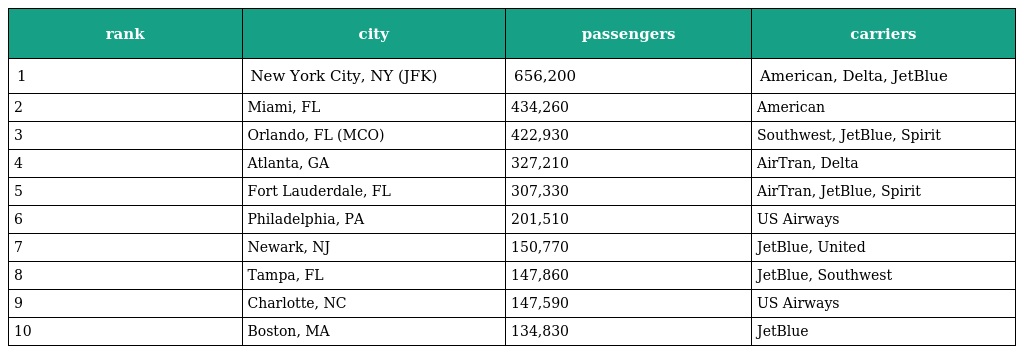
| rank | city | passengers | carriers |
 | --- | --- | --- | --- |
 | 1 | New York City, NY (JFK) | 656,200 | American, Delta, JetBlue |
 | 2 | Miami, FL | 434,260 | American |
 | 3 | Orlando, FL (MCO) | 422,930 | Southwest, JetBlue, Spirit |
 | 4 | Atlanta, GA | 327,210 | AirTran, Delta |
 | 5 | Fort Lauderdale, FL | 307,330 | AirTran, JetBlue, Spirit |
 | 6 | Philadelphia, PA | 201,510 | US Airways |
 | 7 | Newark, NJ | 150,770 | JetBlue, United |
 | 8 | Tampa, FL | 147,860 | JetBlue, Southwest |
 | 9 | Charlotte, NC | 147,590 | US Airways |
 | 10 | Boston, MA | 134,830 | JetBlue |